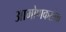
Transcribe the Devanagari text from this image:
आमोणकरांना